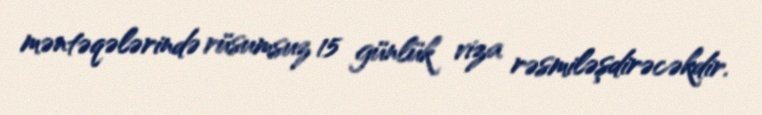
məntəqələrində rüsumsuz 15 günlük viza rəsmiləşdirəcəkdir.